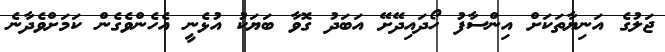
ޖަލުގެ އަނިޔާތަކަށް އިންސާފު ހޯދައިދޭށޭ އަބަދު ގޮވާ ބަޔަކު އުޅެނީ އެހެންވެގެން ކަމަށްވެދާނެ